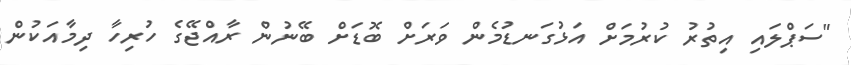
"ސަޕްލައި އިތުރު ކުރުމަށް އަޅުގަނޑުމެން ވަރަށް ބޮޑަށް ބޭނުން ރާއްޖޭގެ ހުރިހާ ދިމާއަކުން